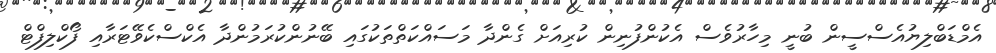
އެމްޑަބްލިޔުއެސްސީން ބުނީ މިހާރުވެސް އެކުންފުނިން ކުރިއަށް ގެންދާ މަސައްކަތްތަކުގައި ބޭނުންކުރަމުންދާ އެކްސްކެވޭޓަރާއި ފޯކްލިފްޓް